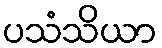
ပသံသိယာ